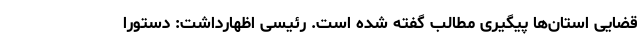
قضایی استان‌ها پیگیری مطالب گفته شده است. رئیسی اظهارداشت: دستورا